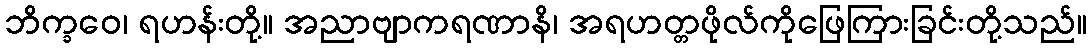
ဘိက္ခဝေ၊ ရဟန်းတို့။ အညာဗျာကရဏာနိ၊ အရဟတ္တဖိုလ်ကိုဖြေကြားခြင်းတို့သည်။